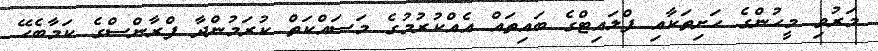
މަރުވި މީހުންގެ ހަށިތަކާއި ފްލައިޓްގެ ބައިތައް އެއްކުރުމުގެ މަސައްކަތް ކުރަމުންދާ ފްރާންސްގެ ކަމާބެހޭ